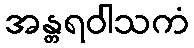
အန္တရဝါသကံ